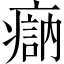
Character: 𤹽